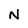
Character: N